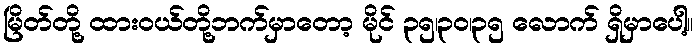
မြိတ်တို့ ထားဝယ်တို့ဘက်မှာတော့ မိုင် ၃၅၊၃၀၊၃၅ လောက် ရှိမှာပေါ့။